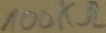
Text: 100kΩ